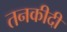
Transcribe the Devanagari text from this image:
तनकीदी